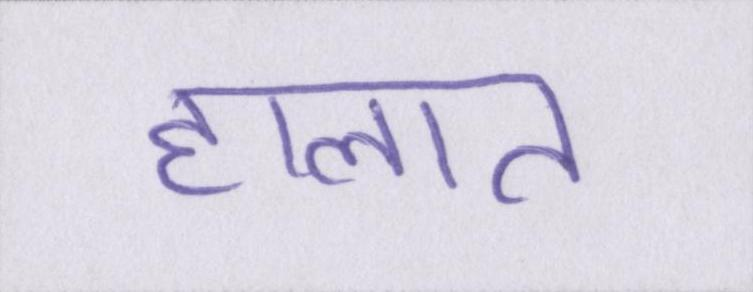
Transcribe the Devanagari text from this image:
हालात